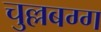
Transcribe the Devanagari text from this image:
चुल्लबग्ग